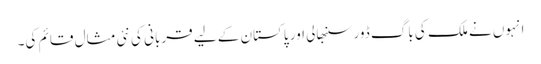
انہوں نے ملک کی باگ ڈور سنبھالی اور پاکستان کے لیے قربانی کی نئی مثال قائم کی۔